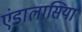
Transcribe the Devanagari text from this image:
एंडालासिया